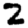
Digit: 2